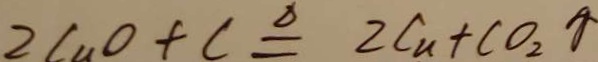
2 C u O + C \xlongequal { \Delta } 2 C u + C O _ { 2 } \uparrow